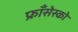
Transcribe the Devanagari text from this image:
फ्राँसेस्को